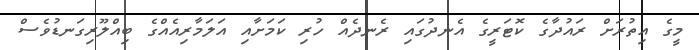
މީގެ އިތުރަށް ރައުދާގެ ކޮޓަރީގެ އެނދުގައި ރެނދެއް ހުރި ކަމަށާއި އަލަމާރިއެއްގެ ބިއްލޫރިގަނޑުވެސް